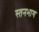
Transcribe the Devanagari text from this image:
स्तनभाग